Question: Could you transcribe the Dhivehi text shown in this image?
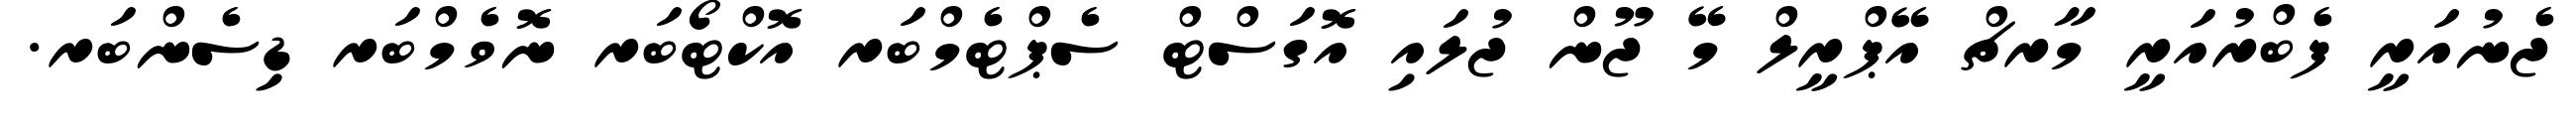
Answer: ޖެނުއަރީ ފެބްރުއަރީ މާރޗް އޭޕްރީލް މޭ ޖޫން ޖުލައި އޮގަސްޓް ސެޕްޓެމްބަރ އޮކްޓޯބަރ ނޮވެމްބަރ ޑިސެންބަރ.